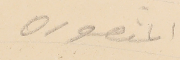
المنصوره